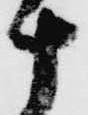
十